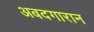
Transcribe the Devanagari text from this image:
अबदगारान